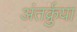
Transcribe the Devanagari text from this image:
अंतर्क्रुया